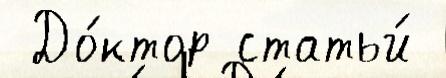
 До́ктор статьи́